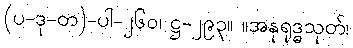
(ပ-ဒု-တ)-ပါ-၂၆၀၊ ဋ္ဌ-၂၉၃။ ။အနုရုဒ္ဓသုတ်၊